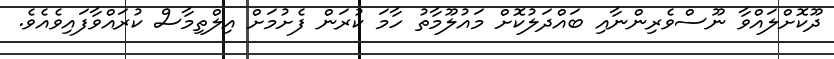
ދޫކޮށްލައްވާ ނޫސްވެރިންނާއި ބައްދަލުކޮށް މައުލޫމާތު ހާމަ ކުރަން ފެށުމަށް އިލްތިމާސް ކުރައްވާފައިވެއެވެ.